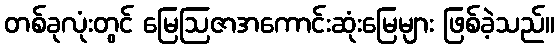
တစ်ခုလုံးတွင် မြေဩဇာအကောင်းဆုံးမြေများ ဖြစ်ခဲ့သည်။